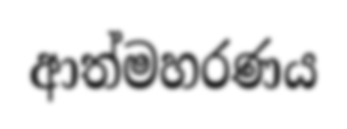
ආත්මහරණය